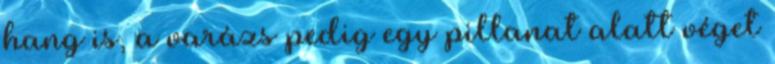
hang is, a varázs pedig egy pillanat alatt véget